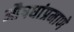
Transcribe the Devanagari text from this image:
औषधांप्रमाणे